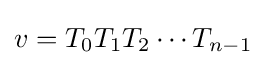
v=T_{0}T_{1}T_{2}\cdots T_{n-1}